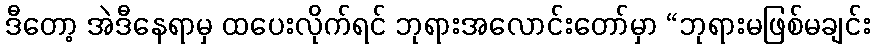
ဒီတော့ အဲဒီနေရာမှ ထပေးလိုက်ရင် ဘုရားအလောင်းတော်မှာ “ဘုရားမဖြစ်မချင်း